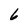
Character: 6